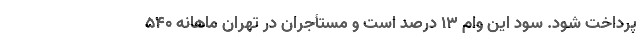
پرداخت شود. سود این وام ۱۳ درصد است و مستأجران در تهران ماهانه ۵۴۰